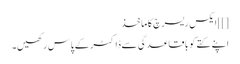
[]] ایکس ریسرچ کا ماخذ
اپنے کتے کو باقاعدگی سے ڈاکٹر کے پاس رکھیں۔